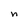
Character: n